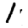
Digit: 1